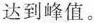
达到峰值。